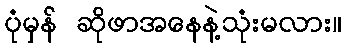
ပုံမှန် ဆိုဖာအနေနဲ့သုံးမလား။